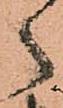
ゝ